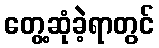
တွေ့ဆုံခဲ့ရာတွင်